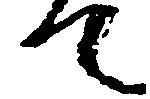
て